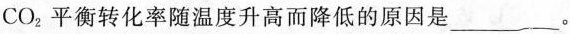
CO_{2}平衡转化率随温度升高而降低的原因是___。